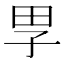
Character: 𡥔